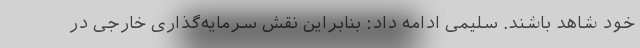
خود شاهد باشند. سلیمی ادامه داد: بنابراین نقش سرمایه‌گذاری خارجی در